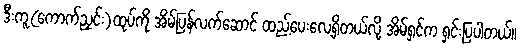
ဒီးကူ(ကောက်ညှင်း)ထုပ်ကို အိမ်ပြန်လက်ဆောင် ထည့်ပေးလေ့ရှိတယ်လို့ အိမ်ရှင်က ရှင်းပြပါတယ်။